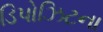
ડિપોઝિટના